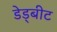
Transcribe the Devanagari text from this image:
डेड्बीट